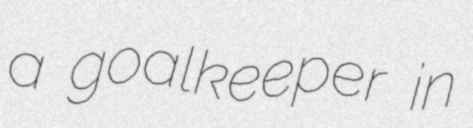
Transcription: a goalkeeper in